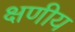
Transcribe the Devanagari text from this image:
क्षणीय